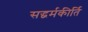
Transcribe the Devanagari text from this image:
सद्धर्मकीर्ति